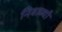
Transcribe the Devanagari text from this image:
निवाज्यौ